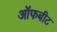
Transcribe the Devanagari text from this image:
ऑफबीट